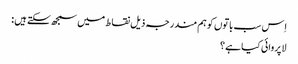
اِس سب باتوں کو ہم مندرجہ ذیل نقاط میں سمجھ سکتے ہیں :
لاپروائی کیا ہے ؟